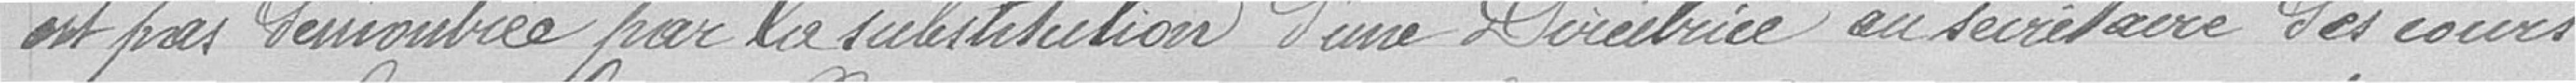
est pas démontrée par la substitution d'une Directrice au secrétaire des cours.